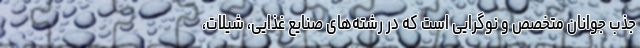
جذب جوانان متخصص و نوگرایی است که در رشته‌های صنایع غذایی، شیلات،